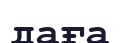
даға